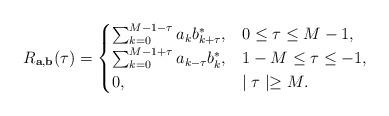
LaTeX: \begin{align*}R_{\mathbf{a},\mathbf{b}}(\tau)=\begin{cases}\sum_{k=0}^{M-1-\tau} a_{k}b_{k+\tau}^{*}, &0\leq \tau\leq M-1,\\\sum_{k=0}^{M-1+\tau} a_{k-\tau}b_{k}^{*}, &1-M\leq \tau\leq -1,\\0,& \mid \tau \mid \geq M.\end{cases}\end{align*}